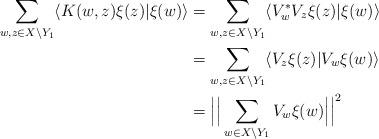
LaTeX: \begin{align*}\sum_{w,z \in X\setminus Y_1} \langle K(w,z)\xi(z) | \xi(w)\rangle &= \sum_{w,z \in X\setminus Y_1} \langle V_w^*V_z \xi(z) | \xi(w)\rangle\\& = \sum_{w,z \in X\setminus Y_1} \langle V_z \xi(z) | V_w\xi(w)\rangle\\&= \Big|\Big|\sum_{w \in X\setminus Y_1} V_w \xi(w)\Big|\Big|^2\end{align*}